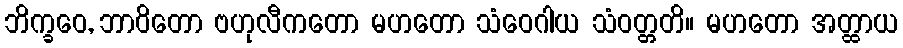
ဘိက္ခဝေ, ဘာဝိတော ဗဟုလီကတော မဟတော သံဝေဂါယ သံဝတ္တတိ။ မဟတော အတ္ထာယ